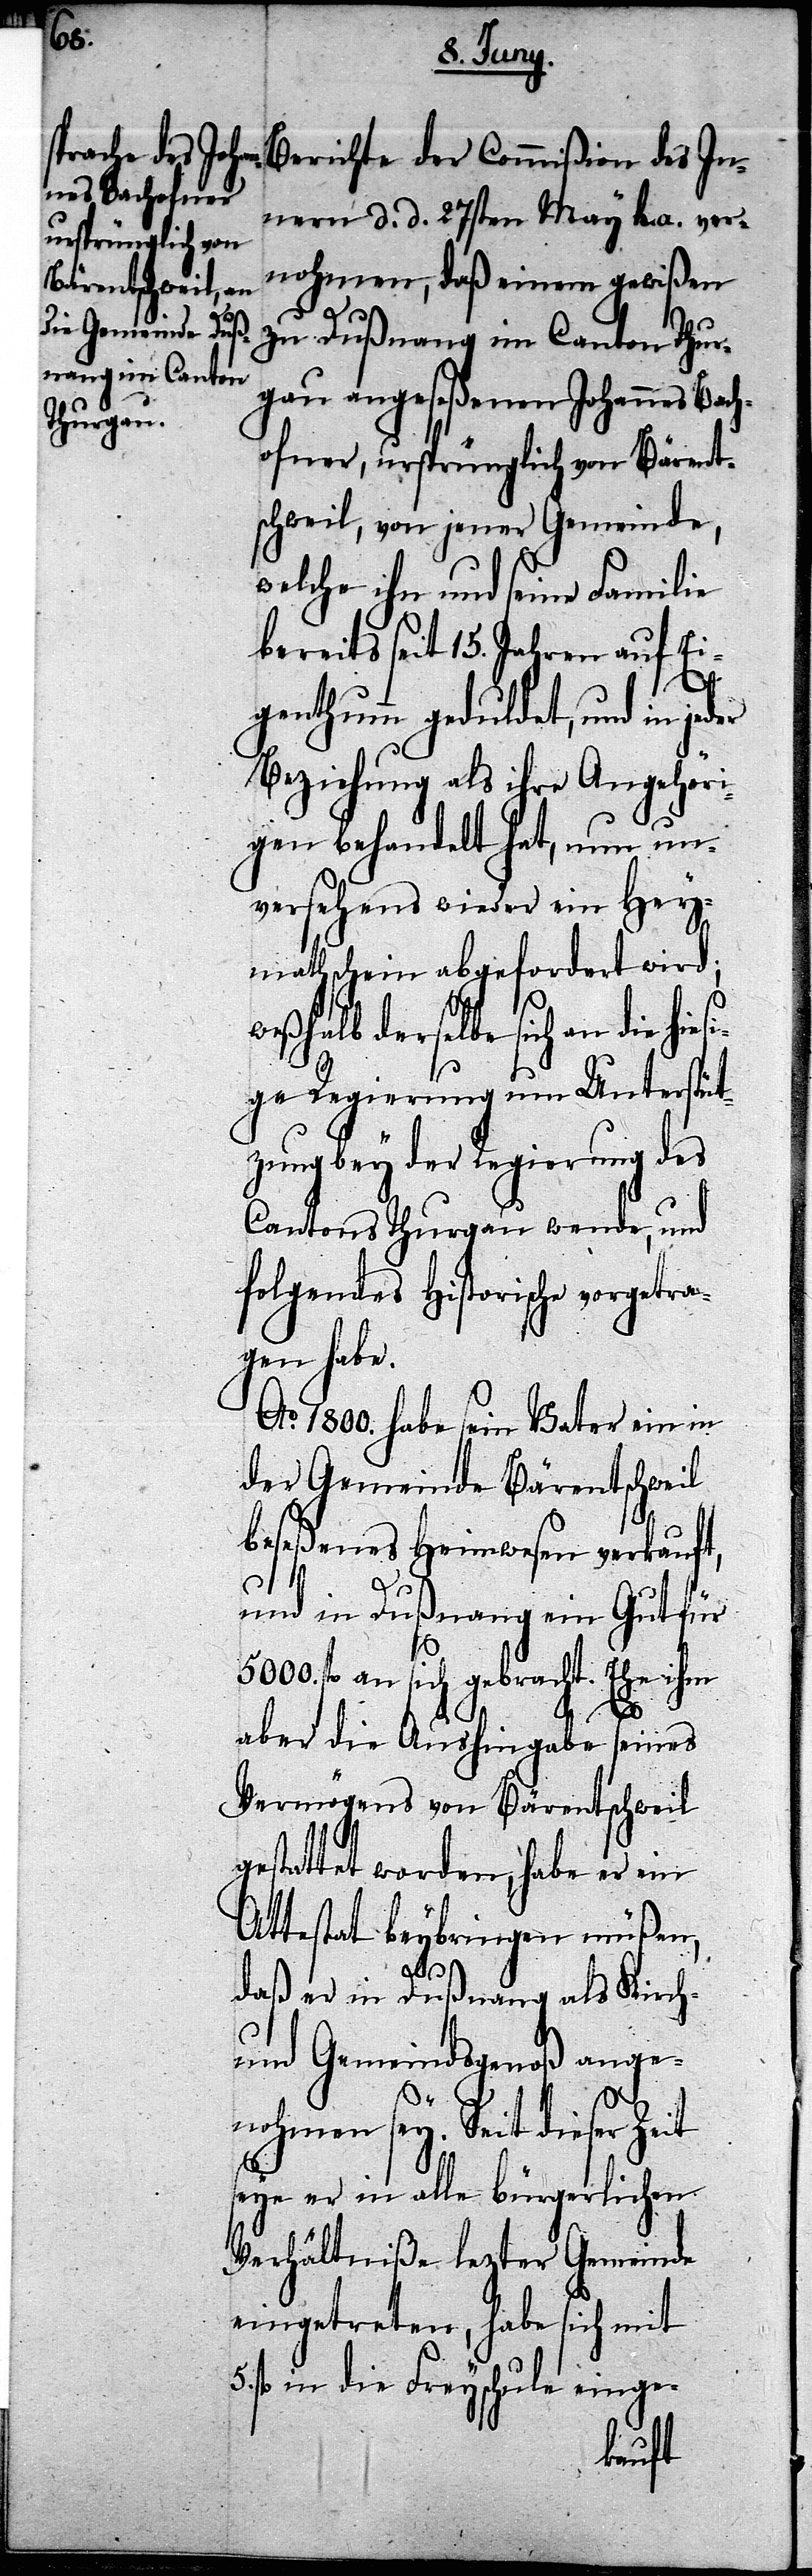
Innern d. d. 27sten May h. a. ver¬
nohmen, daß einem gewißen
zu Dußnang im Canton Thur¬
gau angeseßenen Johannes Bach¬
ofner, ursprünglich von Bärent¬
schweil, von jener Gemeinde,
welche ihn und seine Familie
bereits seit 15. Jahren auf Ei¬
esi¬
genthum geduldet, und in je¬
Beziehung als ihrer Angehöri¬
gen behandelt hat, nun un¬
versehens wieder ein Hey¬
mathschein abgefordert wird;
weßhalb derselbe sich an die hi¬
ge Regierung um Unterstüt¬
zung bey der Regierung des
Cantons Thurgau wende, und
folgendes historische vorgetra¬
gen habe.
Ao. 1800. habe sein Vater ein in
der Gemeinde Bärentschweil
beseßenes Heimwesen verkauft,
und in Dußnang ein Gut für
5000. fl. an sich gebracht. Ehe ihm
5.
aber die Aushingabe seines
Vermögens von Bärentschweil
gestattet worden, habe er ein
Attestat beybringen müßen,
daß er in Dußnang als Kirch-
und Gemeindsgenoß ange¬
nohmen sey. Seit dieser Zeit
seye er in alle bürgerlichen
Verhältniße lezter Gemeinde
eingetreten, habe sich mit
fl. in die Freyschule einge-
erichte